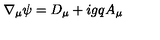
\nabla _ { \mu } \psi = D _ { \mu } + i g q A _ { \mu }